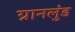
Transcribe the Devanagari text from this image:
ग्रानलुंड